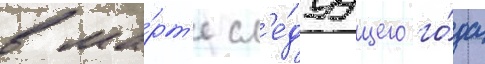
в ма́рт'е сл'е́дуущего го́да